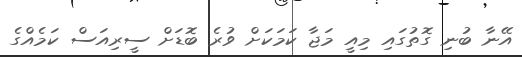
އޭނާ ބުނި ގޮތުގައި މިއީ މަޖާ ކަމަކަށް ވުރެ ބޮޑަށް ސީރިއަސް ކަމެއްގެ